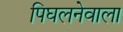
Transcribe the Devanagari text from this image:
पिघलनेवाला